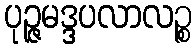
ပုဉ္ဇမဒ္ဒပလာလဉ္စ